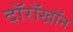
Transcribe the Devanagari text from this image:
दॉरॉखॉन